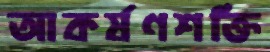
আকর্ষণশক্তি